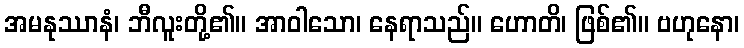
အမနုဿာနံ၊ ဘီလူးတို့၏။ အာဝါသော၊ နေရာသည်။ ဟောတိ၊ ဖြစ်၏။ ဗဟုနော၊